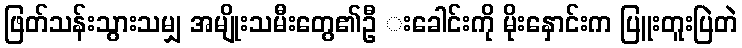
ဖြတ်သန်းသွားသမျှ အမျိုးသမီးတွေ၏ဦ းခေါင်းကို မိုးနှောင်းက ပြူးတူးပြဲတဲ